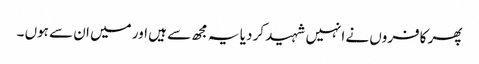
پھر کافروں نے انہیں شہید کر دیا یہ مجھ سے ہیں اور میں ان سے ہوں ۔